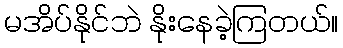
မအိပ်နိုင်ဘဲ နိုးနေခဲ့ကြတယ်။